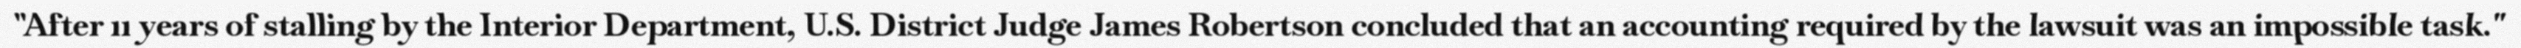
"After 11 years of stalling by the Interior Department, U.S. District Judge James Robertson concluded that an accounting required by the lawsuit was an impossible task."